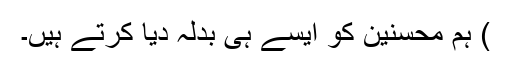
) ہم محسنین کو ایسے ہی بدلہ دیا کرتے ہیں۔